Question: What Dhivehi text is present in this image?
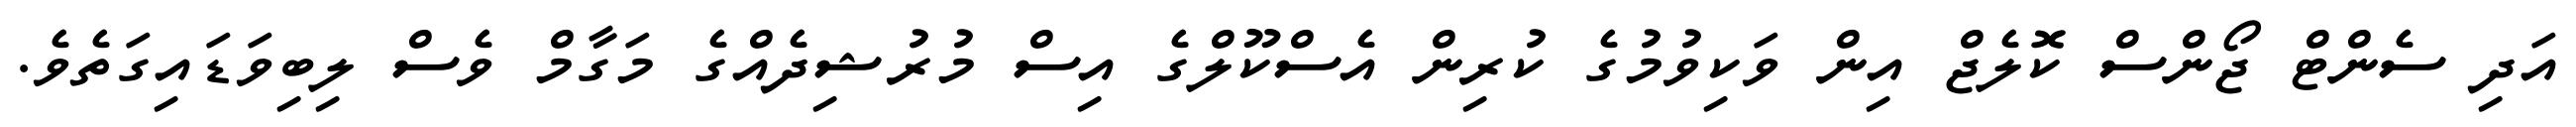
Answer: އަދި ސެންޓް ޖޯންސް ކޮލެޖް އިން ވަކިވުމުގެ ކުރިން އެސްކޫލްގެ އިސް މުރުޝިދެއްގެ މަގާމް ވެސް ލިބިވަޑައިގަތެވެ.